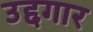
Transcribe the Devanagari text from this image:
उद्दगार